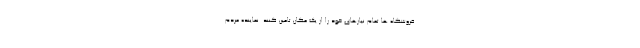
فروشگاه ها تمام نیازهای خود را از یک مکان تامین کنند. نماینده مردم